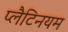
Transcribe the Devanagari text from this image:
प्लैटिनयम